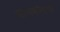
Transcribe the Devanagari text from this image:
बाणकोटचा